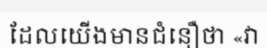
ដែលយើងមានជំនឿថា «វា